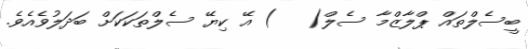
ބީސެލްތައް ޕްލާޒްމާ ސެލް(   ) އޭ ކިޔޭ ސެލްތަކަކަށް ބަދަލުވެއެވެ.